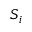
S _ { i }